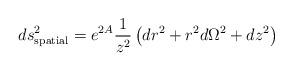
LaTeX: \begin{align*}ds_{\rm spatial}^2 = e^{2 A} \frac{1}{z^2} \left( dr^2 + r^2 d\Omega^2+ dz^2 \right)\end{align*}